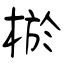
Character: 棜